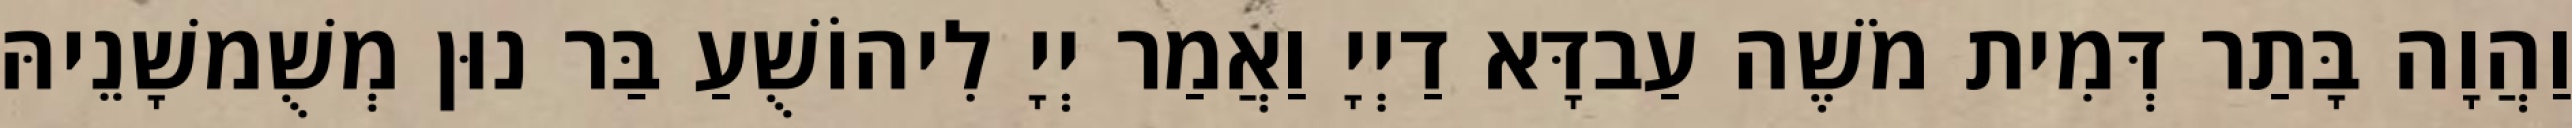
וַהֲוָה בָּתַר דְּמִית מֹשֶׁה עַבדָּא דַיְיָ וַאֲמַר יְיָ לִיהוֹשֻׁעַ בַּר נוּן מְשֻׁמשָׁנֵיהּ